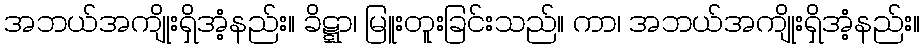
အဘယ်အကျိုးရှိအံ့နည်း။ ခိဋ္ဋာ၊ မြူးတူးခြင်းသည်။ ကာ၊ အဘယ်အကျိုးရှိအံ့နည်း။